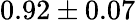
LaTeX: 0.92\pm 0.07